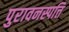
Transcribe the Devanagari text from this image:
पुरावनस्पत्ति